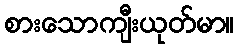
စားသောကျီးယုတ်မာ။